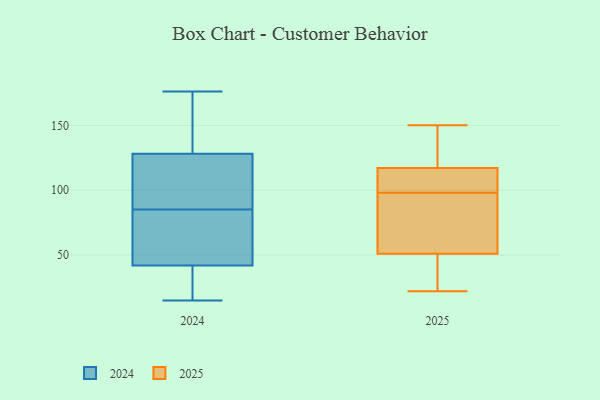
{"axis": {"x": "Production Output", "y": "Value"}, "legend": ["2024", "2025"], "data": [{"x": "", "y": 22, "type": "2025"}, {"x": "", "y": 51, "type": "2025"}, {"x": "", "y": 108, "type": "2025"}, {"x": "", "y": 43, "type": "2025"}, {"x": "", "y": 110, "type": "2025"}, {"x": "", "y": 88, "type": "2025"}, {"x": "", "y": 81, "type": "2025"}, {"x": "", "y": 125, "type": "2025"}, {"x": "", "y": 117, "type": "2025"}, {"x": "", "y": 150, "type": "2025"}, {"x": "", "y": 25, "type": "2024"}, {"x": "", "y": 38, "type": "2024"}, {"x": "", "y": 85, "type": "2024"}, {"x": "", "y": 25, "type": "2024"}, {"x": "", "y": 128, "type": "2024"}, {"x": "", "y": 112, "type": "2024"}, {"x": "", "y": 15, "type": "2024"}, {"x": "", "y": 99, "type": "2024"}, {"x": "", "y": 81, "type": "2024"}, {"x": "", "y": 133, "type": "2024"}, {"x": "", "y": 152, "type": "2024"}, {"x": "", "y": 176, "type": "2024"}, {"x": "", "y": 59, "type": "2024"}, {"x": "", "y": 69, "type": "2024"}, {"x": "", "y": 168, "type": "2024"}, {"x": "", "y": 85, "type": "2024"}, {"x": "", "y": 42, "type": "2024"}, {"x": "", "y": 95, "type": "2024"}]}